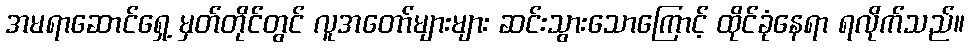
အမရာဆောင်ရှေ့ မှတ်တိုင်တွင် လူအတော်များများ ဆင်းသွားသောကြောင့် ထိုင်ခုံနေရာ ရလိုက်သည်။